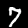
Digit: 7